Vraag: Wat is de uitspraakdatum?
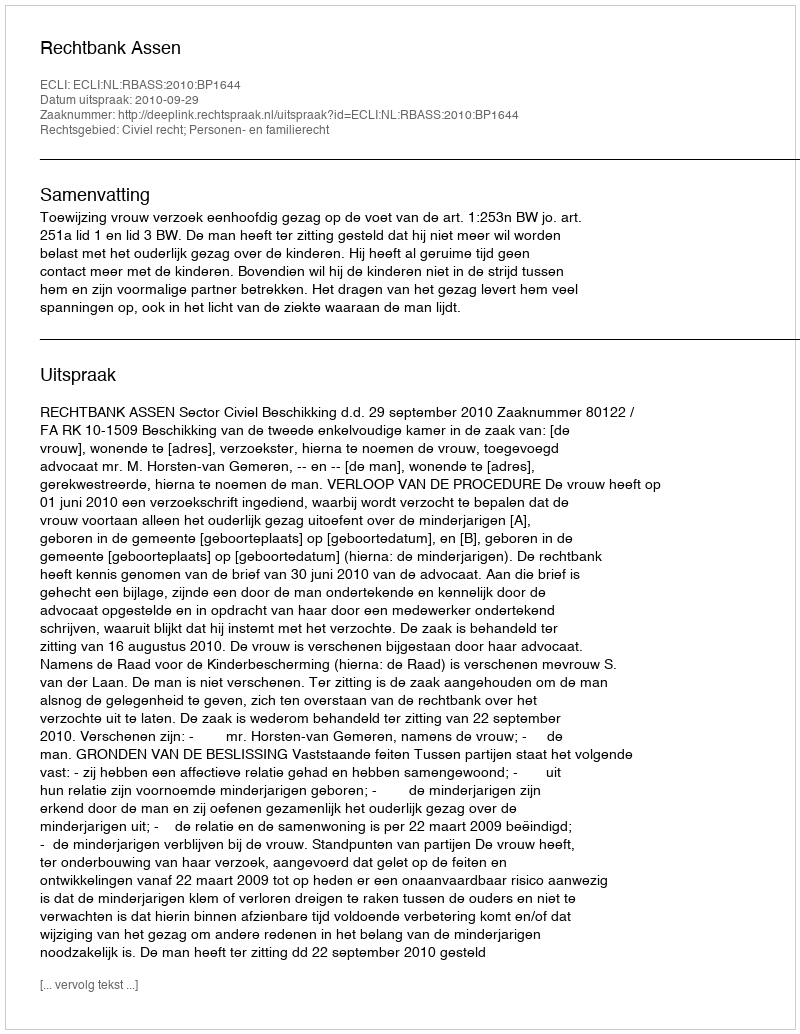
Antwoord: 2010-09-29